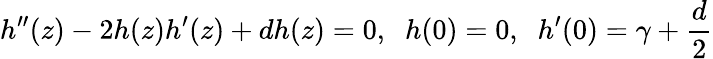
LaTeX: h^{\prime\prime}(z)-2h(z)h^{\prime}(z)+dh(z)=0,\; \; h(0)=0,\; \; h^{\prime}(0)=\gamma+\frac{d}{2}